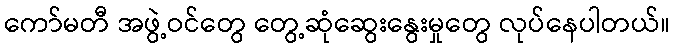
ကော်မတီ အဖွဲ့ဝင်တွေ တွေ့ဆုံဆွေးနွေးမှုတွေ လုပ်နေပါတယ်။